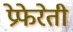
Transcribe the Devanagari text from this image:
प्रेफेरेती